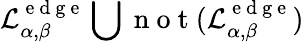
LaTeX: \mathcal{L}_{\alpha,\beta}^{\mathrm{~e~d~g~e~}}\bigcup\mathrm{~n~o~t~}(\mathcal{L}_{\alpha,\beta}^{\mathrm{~e~d~g~e~}})